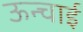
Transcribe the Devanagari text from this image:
ऊन्चाई